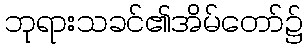
ဘုရားသခင်၏အိမ်တော်၌